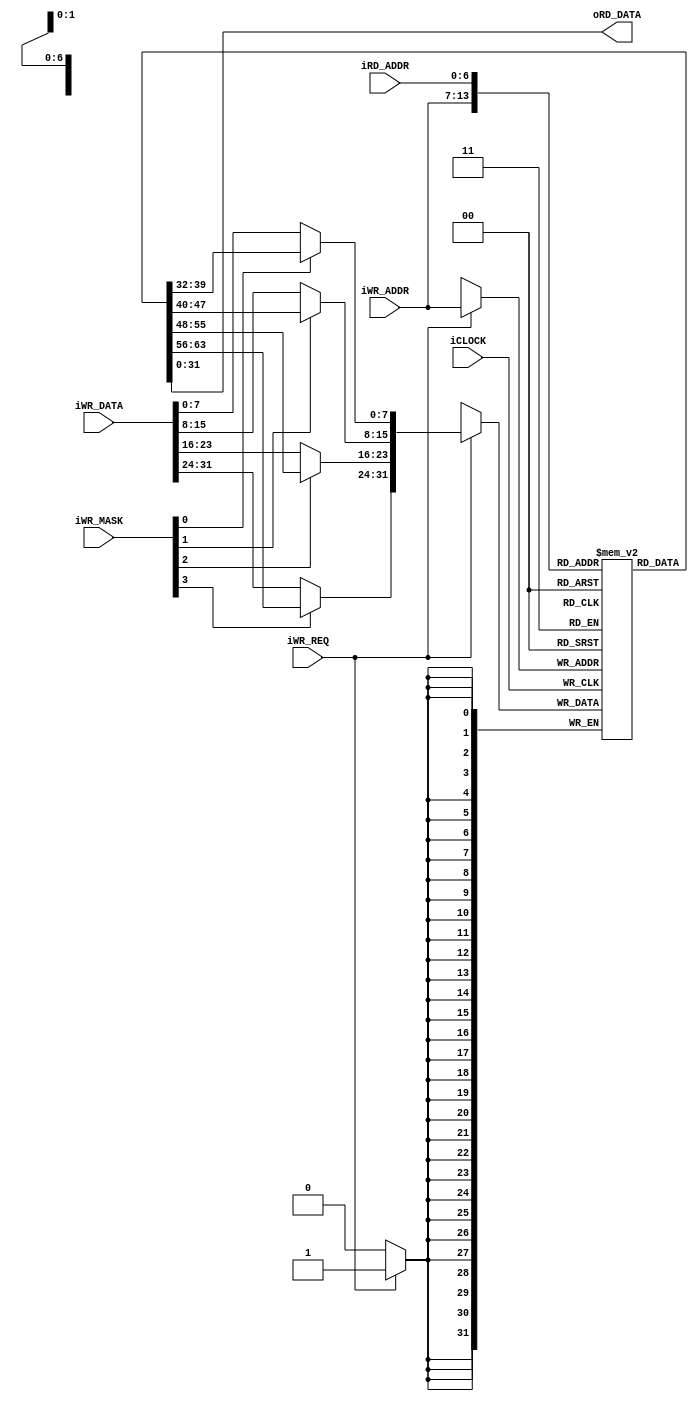



`default_nettype none

module mmc_buffer_512b(
		input wire iCLOCK,
		//Write
		input wire iWR_REQ,
		input wire [3:0] iWR_MASK,		//0=Write Active | 1=Write Protect
		input wire [6:0] iWR_ADDR,
		input wire [31:0] iWR_DATA,
		//Read
		input wire [6:0] iRD_ADDR,
		output wire [31:0] oRD_DATA
	);
	
	function [31:0] func_write_mask;
		input [31:0] func_data;
		input [31:0] func_memory_data;
		input [3:0] func_mask;
		reg [7:0] func_local_tmp_0;
		reg [7:0] func_local_tmp_1;
		reg [7:0] func_local_tmp_2;
		reg [7:0] func_local_tmp_3;
		begin
			func_local_tmp_0 = (func_mask[0])? func_memory_data[7:0] : func_data[7:0];
			func_local_tmp_1 = (func_mask[1])? func_memory_data[15:8] : func_data[15:8];
			func_local_tmp_2 = (func_mask[2])? func_memory_data[23:16] : func_data[23:16];
			func_local_tmp_3 = (func_mask[3])? func_memory_data[31:24] : func_data[31:24];
			func_write_mask = {func_local_tmp_3, func_local_tmp_2, func_local_tmp_1, func_local_tmp_0};
		end
	endfunction
	
	reg [31:0] buff[0:127];
	always@(posedge iCLOCK)begin
		//Write
		if(iWR_REQ)begin
			buff[iWR_ADDR] <= func_write_mask(iWR_DATA, buff[iWR_ADDR], iWR_MASK);
		end
	end
	
	assign oRD_DATA = buff[iRD_ADDR];

endmodule


`default_nettype wire